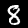
Label: 8